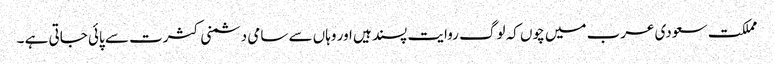
مملکت سعودی عرب میں چوں کہ لوگ روایت پسند ہیں اور وہاں سے سامی دشمنی کثرت سے پائی جاتی ہے ۔